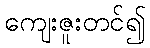
ကျေးဇူးတင်၍